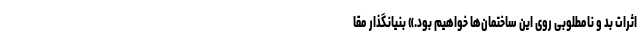
اثرات بد و نامطلوبی روی این ساختمان‌ها خواهیم بود.» بنیانگذار مقا